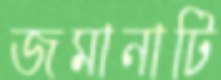
জমানাটি